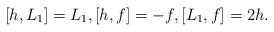
LaTeX: \begin{align*} [h,L_1]= L_1,[h,f]=-f,[L_1,f]= 2 h.\end{align*}